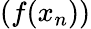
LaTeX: (f(x_{n}))